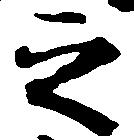
之